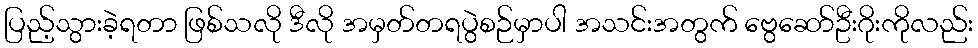
ပြည့်သွားခဲ့ရတာ ဖြစ်သလို ဒီလို အမှတ်တရပွဲစဉ်မှာပါ အသင်းအတွက် ဗွေဆော်ဦးဂိုးကိုလည်း